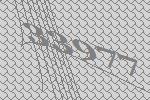
33977